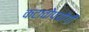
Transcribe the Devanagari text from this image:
कटावोपयोगी